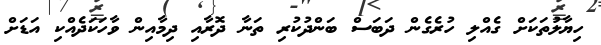
ހިޔާލުތަކަށް ގެއްލި ހުރެގެން ދަބަސް ބަންދުކުރި ތަނާ ދޮރާއި ދިމާއިން ވާހަކަދެއްކި އަޑަށް